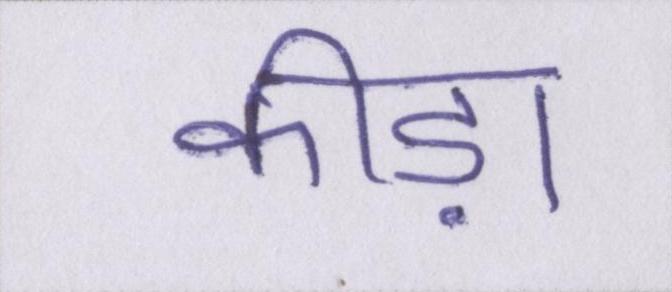
कीड़ा